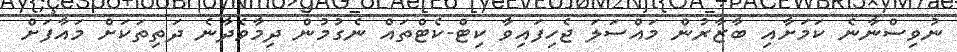
ނުވިސްނާނެ ކަމަށާއި ބާޒާރުން މައްސަލަ ޖެހިފައިވާ ކިޓް-ކެޓްތައް ނެގުމުން ދިމާވެދާނެ ދަތިތަކަށް މައާފަށް